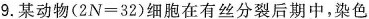
9. 某动物($$2 N = 3 2$$)细胞在有丝分裂后期中，染色